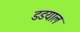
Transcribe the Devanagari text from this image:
डडयाल